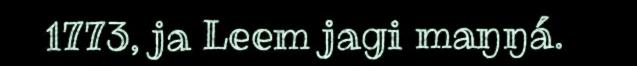
1773, ja Leem jagi maŋŋá.